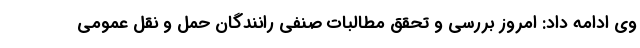
وی ادامه داد: امروز بررسی و تحقق مطالبات صنفی رانندگان حمل و نقل عمومی